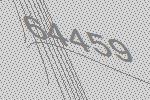
64459